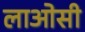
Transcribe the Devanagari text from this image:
लाओसी